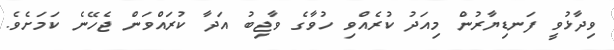
ވިދާޅުވީ ފަނޑިޔާރުން މިއަދު ކުރެއްވި ހުވާގެ ވާޖިބު އަދާ ކުރައްވަން ޖެހޭނެ ކަމަށެވެ.